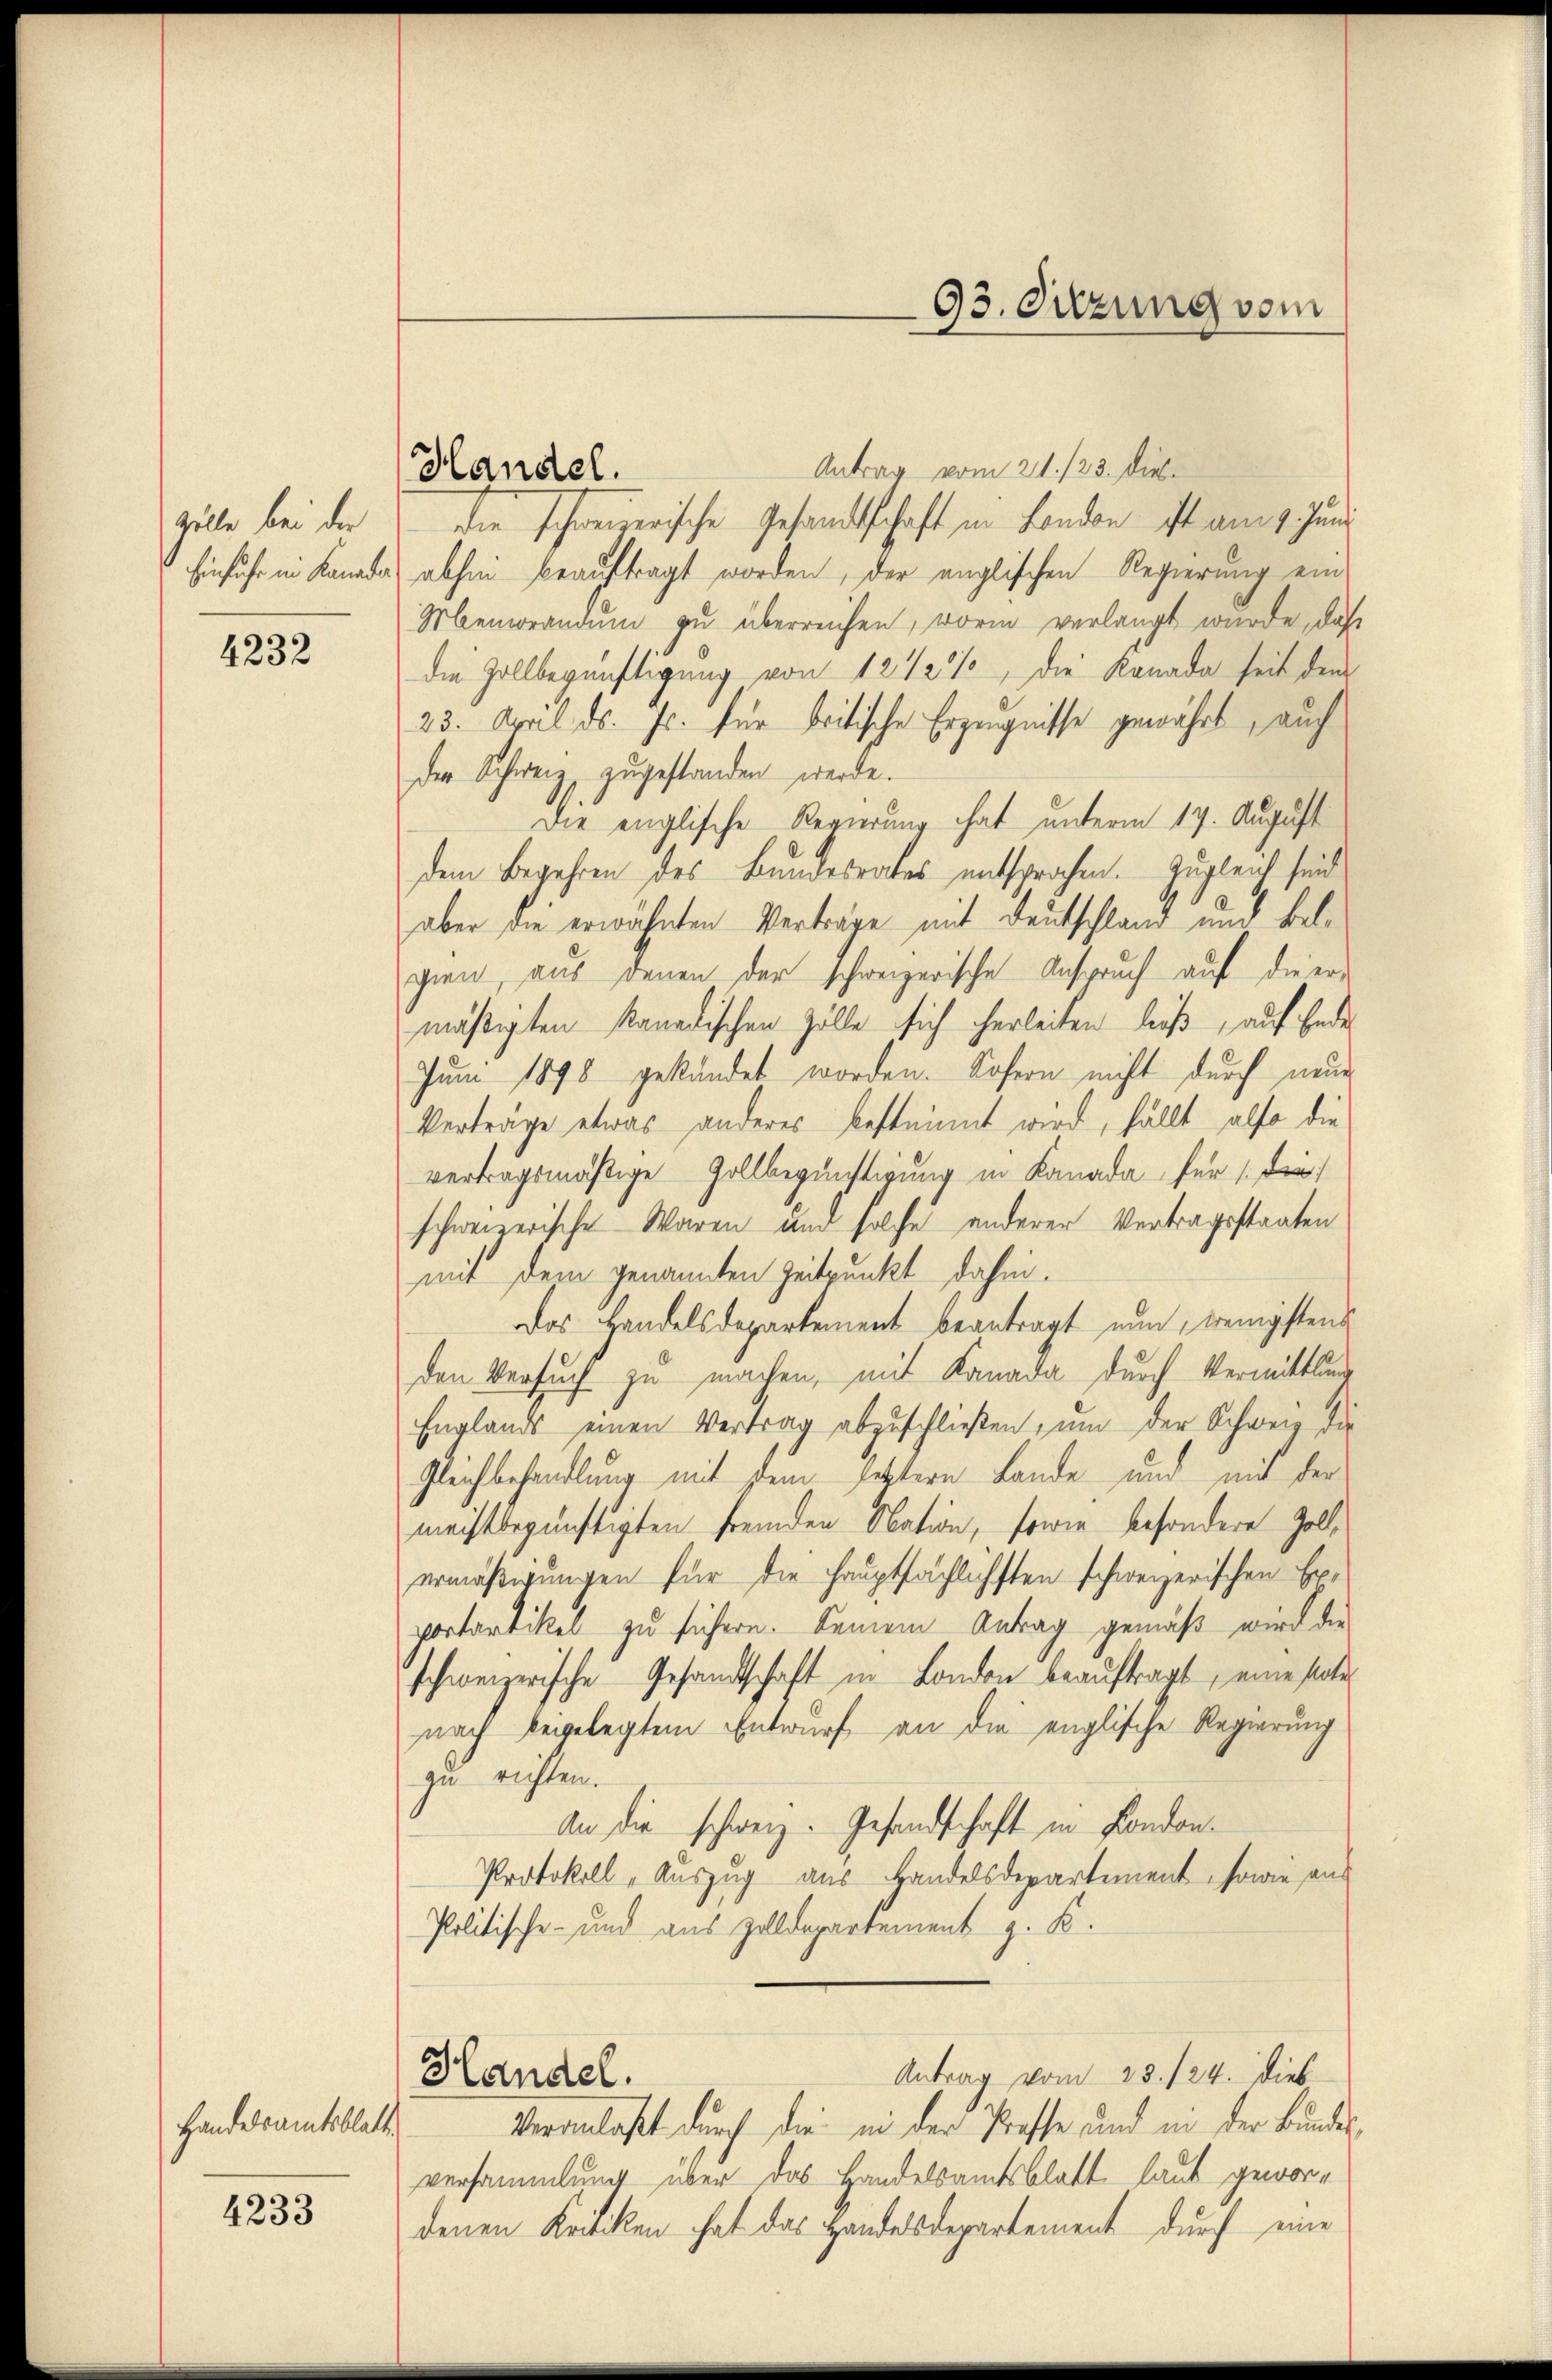
zölle bei der
Einfuhr in Kanalo

4232

Handesamtsblatte

4233

Handel.

93. Suzung vom

Antrag vom 21./23. die
die schweizerische Gesandtschaft in Landen ist am 1. Juni
 abhin beauftragt worden, der englischen Regierung ein
Memorandum zu überreichen, worin verlangt wurde, daß
die Zollbegünstigung von 12 1/2 %, die Kanada seit dem
23. April ds. Js. für britische Erzeugnisse gewährt, auch
der Schweiz zugestanden werde.
Die englische Regierung hat unterm 17. August
dem Begehren des Bundesrates entsprochen. Zugleich sind
aber die erwähnten Verträge mit Deutschland und belgien, aus denen der schweizerische Anspruch auf die er-
mäßigten kanadischen Zölle sich herleiten ließ, auf Ende
Juni 1898 gekündet worden. Sofern nicht durch neue
Verträge etwas anderes bestimmt wird, fällt also die
vertragsmäßige Zollbegünstigung in Kanada für die
schweizerische Waren und solche anderer Vertragsstaaten
mit dem genannten Zeitpunkt dahin.
Das Handelsdepartement beantragt nun, wenigstens
den Versuch zu machen, mit Kanada durch Vermittlung
Englands einen Vertrag abzuschließen, um der Schweiz die
Gleichbehandlung mit dem jetztern Lande und mit der
meistbegünstigten fremden Nation, sowie besondere Zollermäßigungen für die Hauptsächlichsten schweizerischen Exportartikel zu sichern. Seinem Antrag gemäß wird die
schweizerische Gesandtschaft in London beauftragt, eine state
nach begelegtem Entwurf an die englische Regierung
zu richten.
An die schweiz. Gesandschaft in Fondon.
Protokoll, Auszug aus Handelsdepartement, sowie ans
Politische- und aus Zolldepartement z. K.
Antrag vom 23. 124. dies
Handel.
Veranlaßt durch die in der Proffe und in der Bundesversammlung über das Handelsamtsblatt laut gewordenen Kritiken hat das Handelsdepartement durch eine